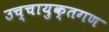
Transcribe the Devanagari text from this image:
उच्चायुक्तगण